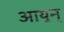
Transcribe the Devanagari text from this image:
आय॒न्